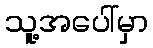
သူ့အပေါ်မှာ